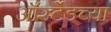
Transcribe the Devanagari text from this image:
ऑर्स्टेडच्या